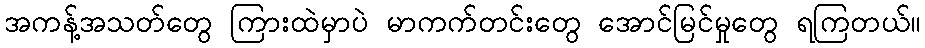
အကန့်အသတ်တွေ ကြားထဲမှာပဲ မာကက်တင်းတွေ အောင်မြင်မှုတွေ ရကြတယ်။